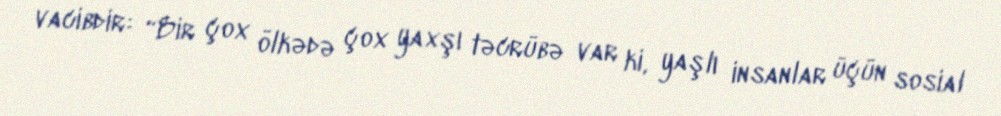
vacibdir: “Bir çox ölkədə çox yaxşı təcrübə var ki, yaşlı insanlar üçün sosial